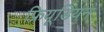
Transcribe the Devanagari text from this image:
फ्रियूडियन